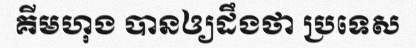
គីមហុង បានឲ្យដឹងថា ប្រទេស